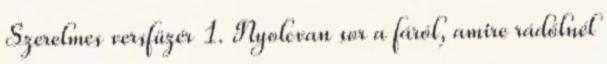
Szerelmes versfüzér 1. Nyolcvan sor a fáról, amire rádőlnél